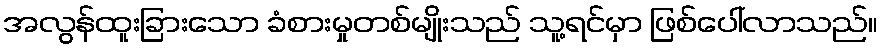
အလွန်ထူးခြားသော ခံစားမှုတစ်မျိုးသည် သူ့ရင်မှာ ဖြစ်ပေါ်လာသည်။